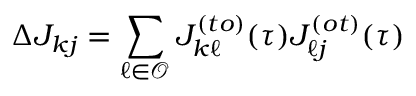
\Delta J _ { k j } = \sum _ { \ell \in \mathcal { O } } J _ { k \ell } ^ { ( t o ) } ( \tau ) J _ { \ell j } ^ { ( o t ) } ( \tau )